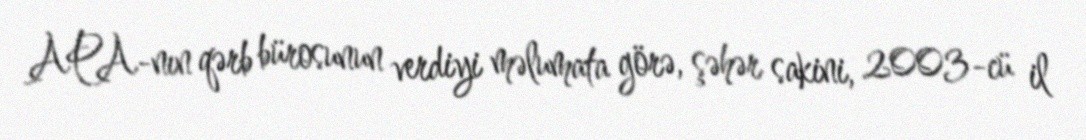
APA-nın qərb bürosunun verdiyi məlumata görə, şəhər sakini, 2003-cü il